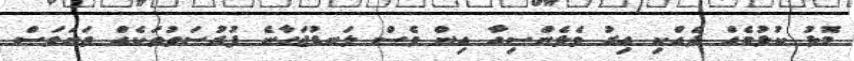
މޮޅު ކުޅުމެއް ދެއްކި އިރު ވެލެންސިއާ އިން ވެސް ލަނޑުޖަހާނެ ފުރުސަތުތަކެއް ތަނަވަސް